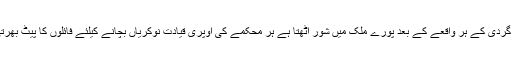
دہشت گردی کے ہر واقعے کے بعد پورے ملک میں شور اٹھتا ہے ہر محکمے کی اوپری قیادت نوکریاں بچانے کیلئے فائلوں کا پیٹ بھرتی ہیں ۔